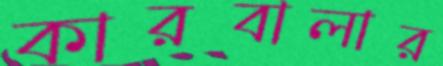
কারবালার